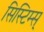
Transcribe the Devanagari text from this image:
सिस्टिम्स्